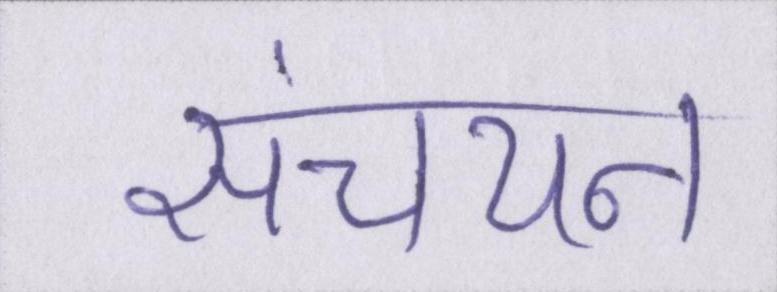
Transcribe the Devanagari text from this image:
संचयन